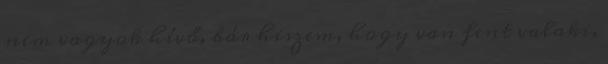
nem vagyok hívő, bár hiszem, hogy van fent valaki,